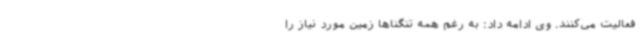
فعالیت می‌کنند. وی ادامه داد: به رغم همه تنگناها زمین مورد نیاز را